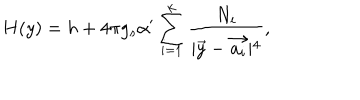
H ( y ) = h + 4 \pi g _ { s } \alpha ^ { \prime } \sum _ { i = 1 } ^ { k } \frac { N _ { i } } { \mid \vec { y } - \vec { a _ { i } } \mid ^ { 4 } } ,